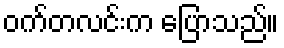
ဝက်တလင်းက ပြောသည်။